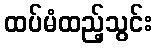
ထပ်မံထည့်သွင်း